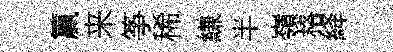
籯来筝稀縑半嶺格絳